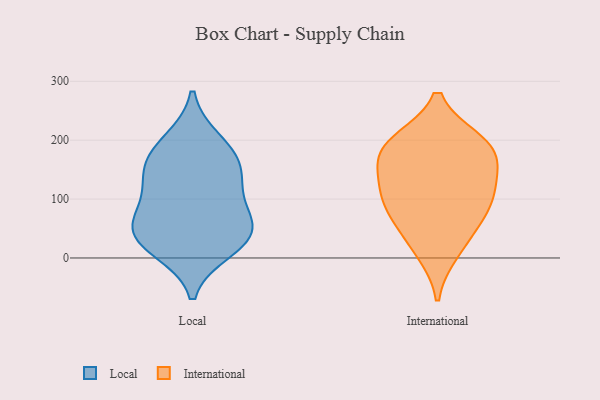
{"axis": {"x": "Conversion Rate (%)", "y": "Value"}, "legend": ["International", "Local"], "data": [{"x": "", "y": 83, "type": "Local"}, {"x": "", "y": 15, "type": "Local"}, {"x": "", "y": 60, "type": "Local"}, {"x": "", "y": 36, "type": "Local"}, {"x": "", "y": 31, "type": "Local"}, {"x": "", "y": 49, "type": "Local"}, {"x": "", "y": 143, "type": "Local"}, {"x": "", "y": 121, "type": "Local"}, {"x": "", "y": 179, "type": "Local"}, {"x": "", "y": 198, "type": "Local"}, {"x": "", "y": 154, "type": "Local"}, {"x": "", "y": 139, "type": "International"}, {"x": "", "y": 134, "type": "International"}, {"x": "", "y": 11, "type": "International"}, {"x": "", "y": 83, "type": "International"}, {"x": "", "y": 42, "type": "International"}, {"x": "", "y": 92, "type": "International"}, {"x": "", "y": 197, "type": "International"}, {"x": "", "y": 177, "type": "International"}, {"x": "", "y": 187, "type": "International"}, {"x": "", "y": 193, "type": "International"}, {"x": "", "y": 97, "type": "International"}]}